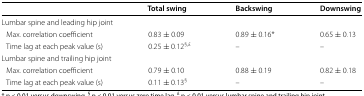
<table><thead><tr><td></td><td><b>Total swing</b></td><td><b>Backswing</b></td><td><b>Downswing</b></td></tr></thead><tbody><tr><td colspan="4">Lumbar spine and leading hip joint</td></tr><tr><td> Max. correlation coefficient</td><td>0.83 ± 0.09</td><td>0.89 ± 0.16*</td><td>0.65 ± 0.13</td></tr><tr><td> Time lag at each peak value (s)</td><td>0.25 ± 0.12<sup>§,£</sup></td><td>–</td><td>–</td></tr><tr><td colspan="4">Lumbar spine and trailing hip joint</td></tr><tr><td> Max. correlation coefficient</td><td>0.79 ± 0.10</td><td>0.88 ± 0.19</td><td>0.82 ± 0.18</td></tr><tr><td> Time lag at each peak value (s)</td><td>0.11 ± 0.13<sup>§</sup></td><td>–</td><td>–</td></tr></tbody></table>